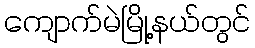
ကျောက်မဲမြို့နယ်တွင်